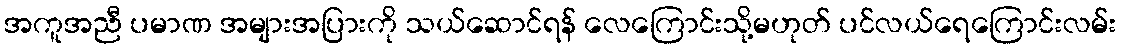
အကူအညီ ပမာဏ အများအပြားကို သယ်ဆောင်ရန် လေကြောင်းသို့မဟုတ် ပင်လယ်ရေကြောင်းလမ်း